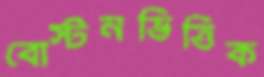
বোস্টনভিত্তিক